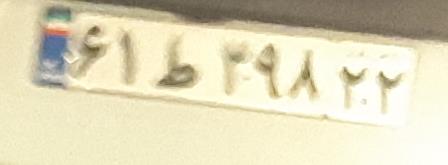
۶۱ط۳۹۸۲۲